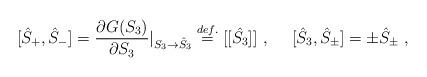
LaTeX: \begin{align*}[\hat{S}_+,\hat{S}_-]=\displaystyle\frac{\partial G(S_3)}{\partial S_3}\vert_{S_3\to \hat{S}_3}\stackrel{def.}{=}[[\hat{S_3}]]~,~~~~[\hat{S}_3,\hat{S}_{\pm}]=\pm \hat{S}_{\pm}~,\end{align*}